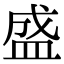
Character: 盛